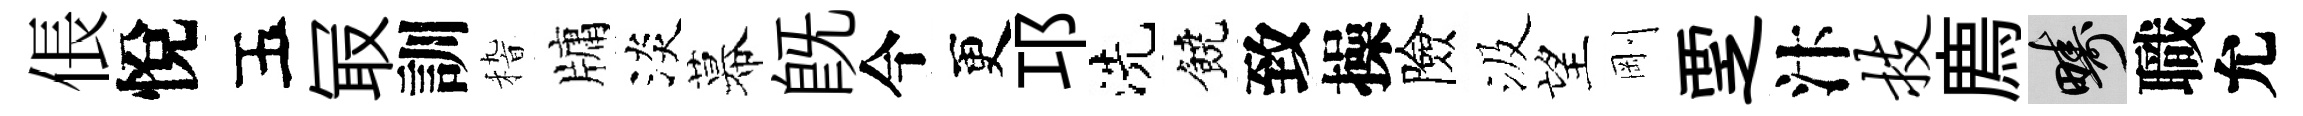
倀悅五冣訓𥟵牗淡幕既今更邛洗饒致操險汲望剛覂汴技廌疇職允